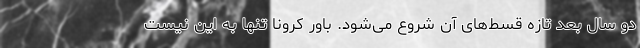
دو سال بعد تازه قسط‌های آن شروع می‌شود. باور کرونا تنها به این نیست